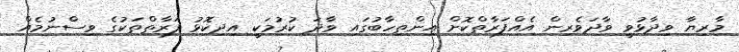
މާރިޔާ ވިދާޅުވީ ވާދަވެރިން އެއްފަރާތްކޮށް އިންތިހާބުގައި ވާދަ ކުރުމަކީ އިދިކޮޅު ފަރާތްތަކުގެ ވިސްނުމެއް